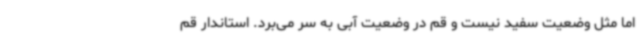
اما مثل وضعیت سفید نیست و قم در وضعیت آبی به سر می‌برد. استاندار قم